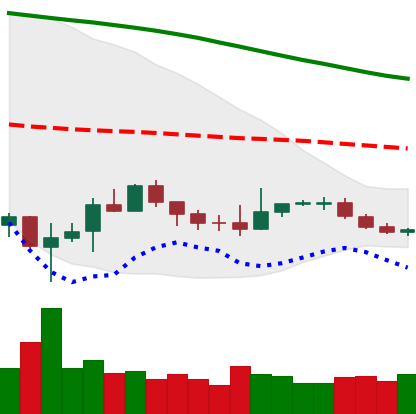
Ticker: BTC-USD
Chart end date: 2019-12-12
Forward return: -8.32%
Label: down_7plus